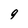
Character: 9